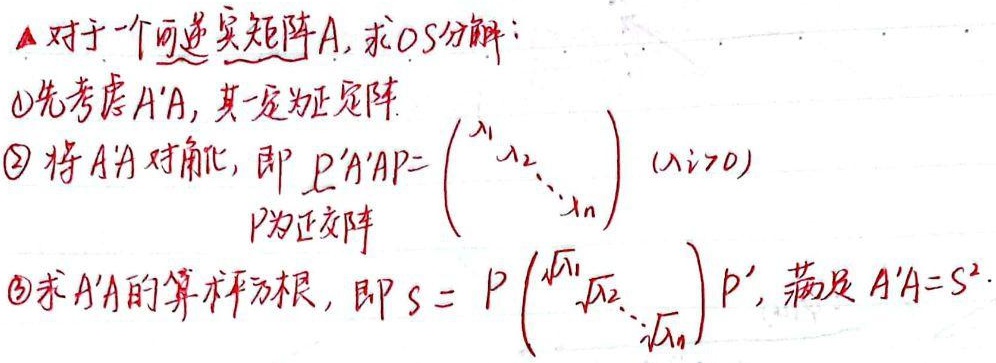
▲ 对于一个可逆实矩阵 \(A\)，求 \(OS\) 分解：
\textcircled{1} 先考虑 \(A'A\)，其一定为正定阵。
\textcircled{2} 将 \(A'A\) 对角化，即 \(P'A'AP = \begin{pmatrix}\lambda_1 & & \\& \ddots & \\& & \lambda_n\end{pmatrix} (\lambda_i>0)\)，\(P\) 为正交阵。
\textcircled{3} 求 \(A'A\) 的算术平方根，即 \(S = P\begin{pmatrix}\sqrt{\lambda_1} & & \\& \ddots & \\& & \sqrt{\lambda_n}\end{pmatrix} P'\)，满足 \(A'A = S^2\)。